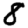
Digit: 8